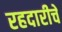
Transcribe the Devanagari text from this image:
रहदारीचे